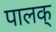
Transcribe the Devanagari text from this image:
पालक्